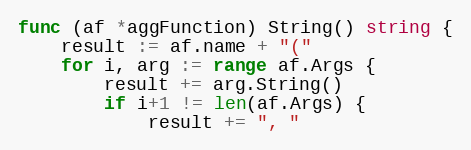
Language: Go
func (af *aggFunction) String() string {
	result := af.name + "("
	for i, arg := range af.Args {
		result += arg.String()
		if i+1 != len(af.Args) {
			result += ", "